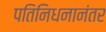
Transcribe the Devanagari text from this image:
पतिनिधनानंतर